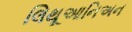
લિથૂઆનિઅન